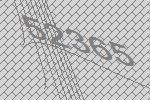
52365